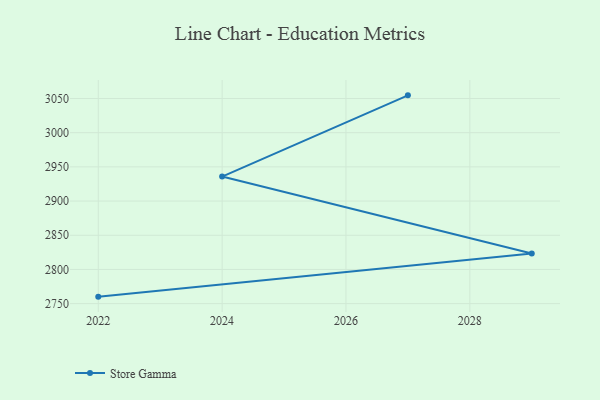
{"axis": {"x": "Year", "y": "Temperature (°C)"}, "legend": ["Store Gamma"], "data": [{"x": "2022", "y": 2760.2, "type": "Store Gamma"}, {"x": "2029", "y": 2823.2, "type": "Store Gamma"}, {"x": "2024", "y": 2935.8, "type": "Store Gamma"}, {"x": "2027", "y": 3054.6, "type": "Store Gamma"}]}